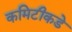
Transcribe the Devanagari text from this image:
कमिटीकडे